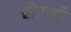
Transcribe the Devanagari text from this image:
द्वीपाशी